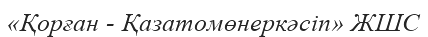
«Қорған - Қазатомөнеркәсіп» ЖШС